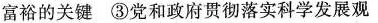
富裕的关键 ③党和政府贯彻落实科学发展观